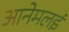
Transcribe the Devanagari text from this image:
आनेमलई